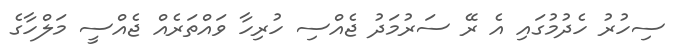
ސިހުރު ހެދުމުގައި އެ ރޭ ސަރުމަދު ޖެއްސި ހުރިހާ ވައްތަރެއް ޖެއްސީ މަލްހާގެ